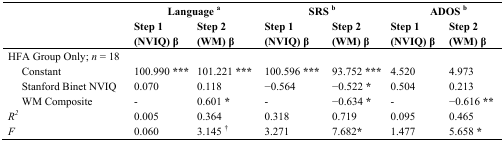
| <COLSPAN=2>  | <COLSPAN=2> Language a | <COLSPAN=2> SRS b | <COLSPAN=2> ADOS b |
 | <COLSPAN=2>  | Step 1 (NVIQ) β | Step 2 (WM) β | Step 1 (NVIQ) β | Step 2 (WM) β | Step 1 (NVIQ) β | Step 2 (WM) β |
 | --- | --- | --- | --- | --- | --- | --- | --- |
 | <COLSPAN=2> HFA Group Only; n = 18 |  |  |  |  |  |  |
 |  | Constant | 100.990 *** | 101.221 *** | 100.596 *** | 93.752 *** | 4.520 | 4.973 |
 |  | Stanford Binet NVIQ | 0.070 | 0.118 | −0.564 | −0.522 * | 0.504 | 0.213 |
 |  | WM Composite | - | 0.601 * | - | −0.634 * | - | −0.616 ** |
 | <COLSPAN=2> R2 | 0.005 | 0.364 | 0.318 | 0.719 | 0.095 | 0.465 |
 | <COLSPAN=2> F | 0.060 | 3.145 † | 3.271 | 7.682* | 1.477 | 5.658 * |